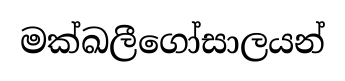
මක්ඛලීගෝසාලයන්